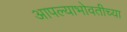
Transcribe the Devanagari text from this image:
आपल्याभोवतीच्या